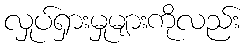
လှုပ်ရှားမှုများကိုလည်း